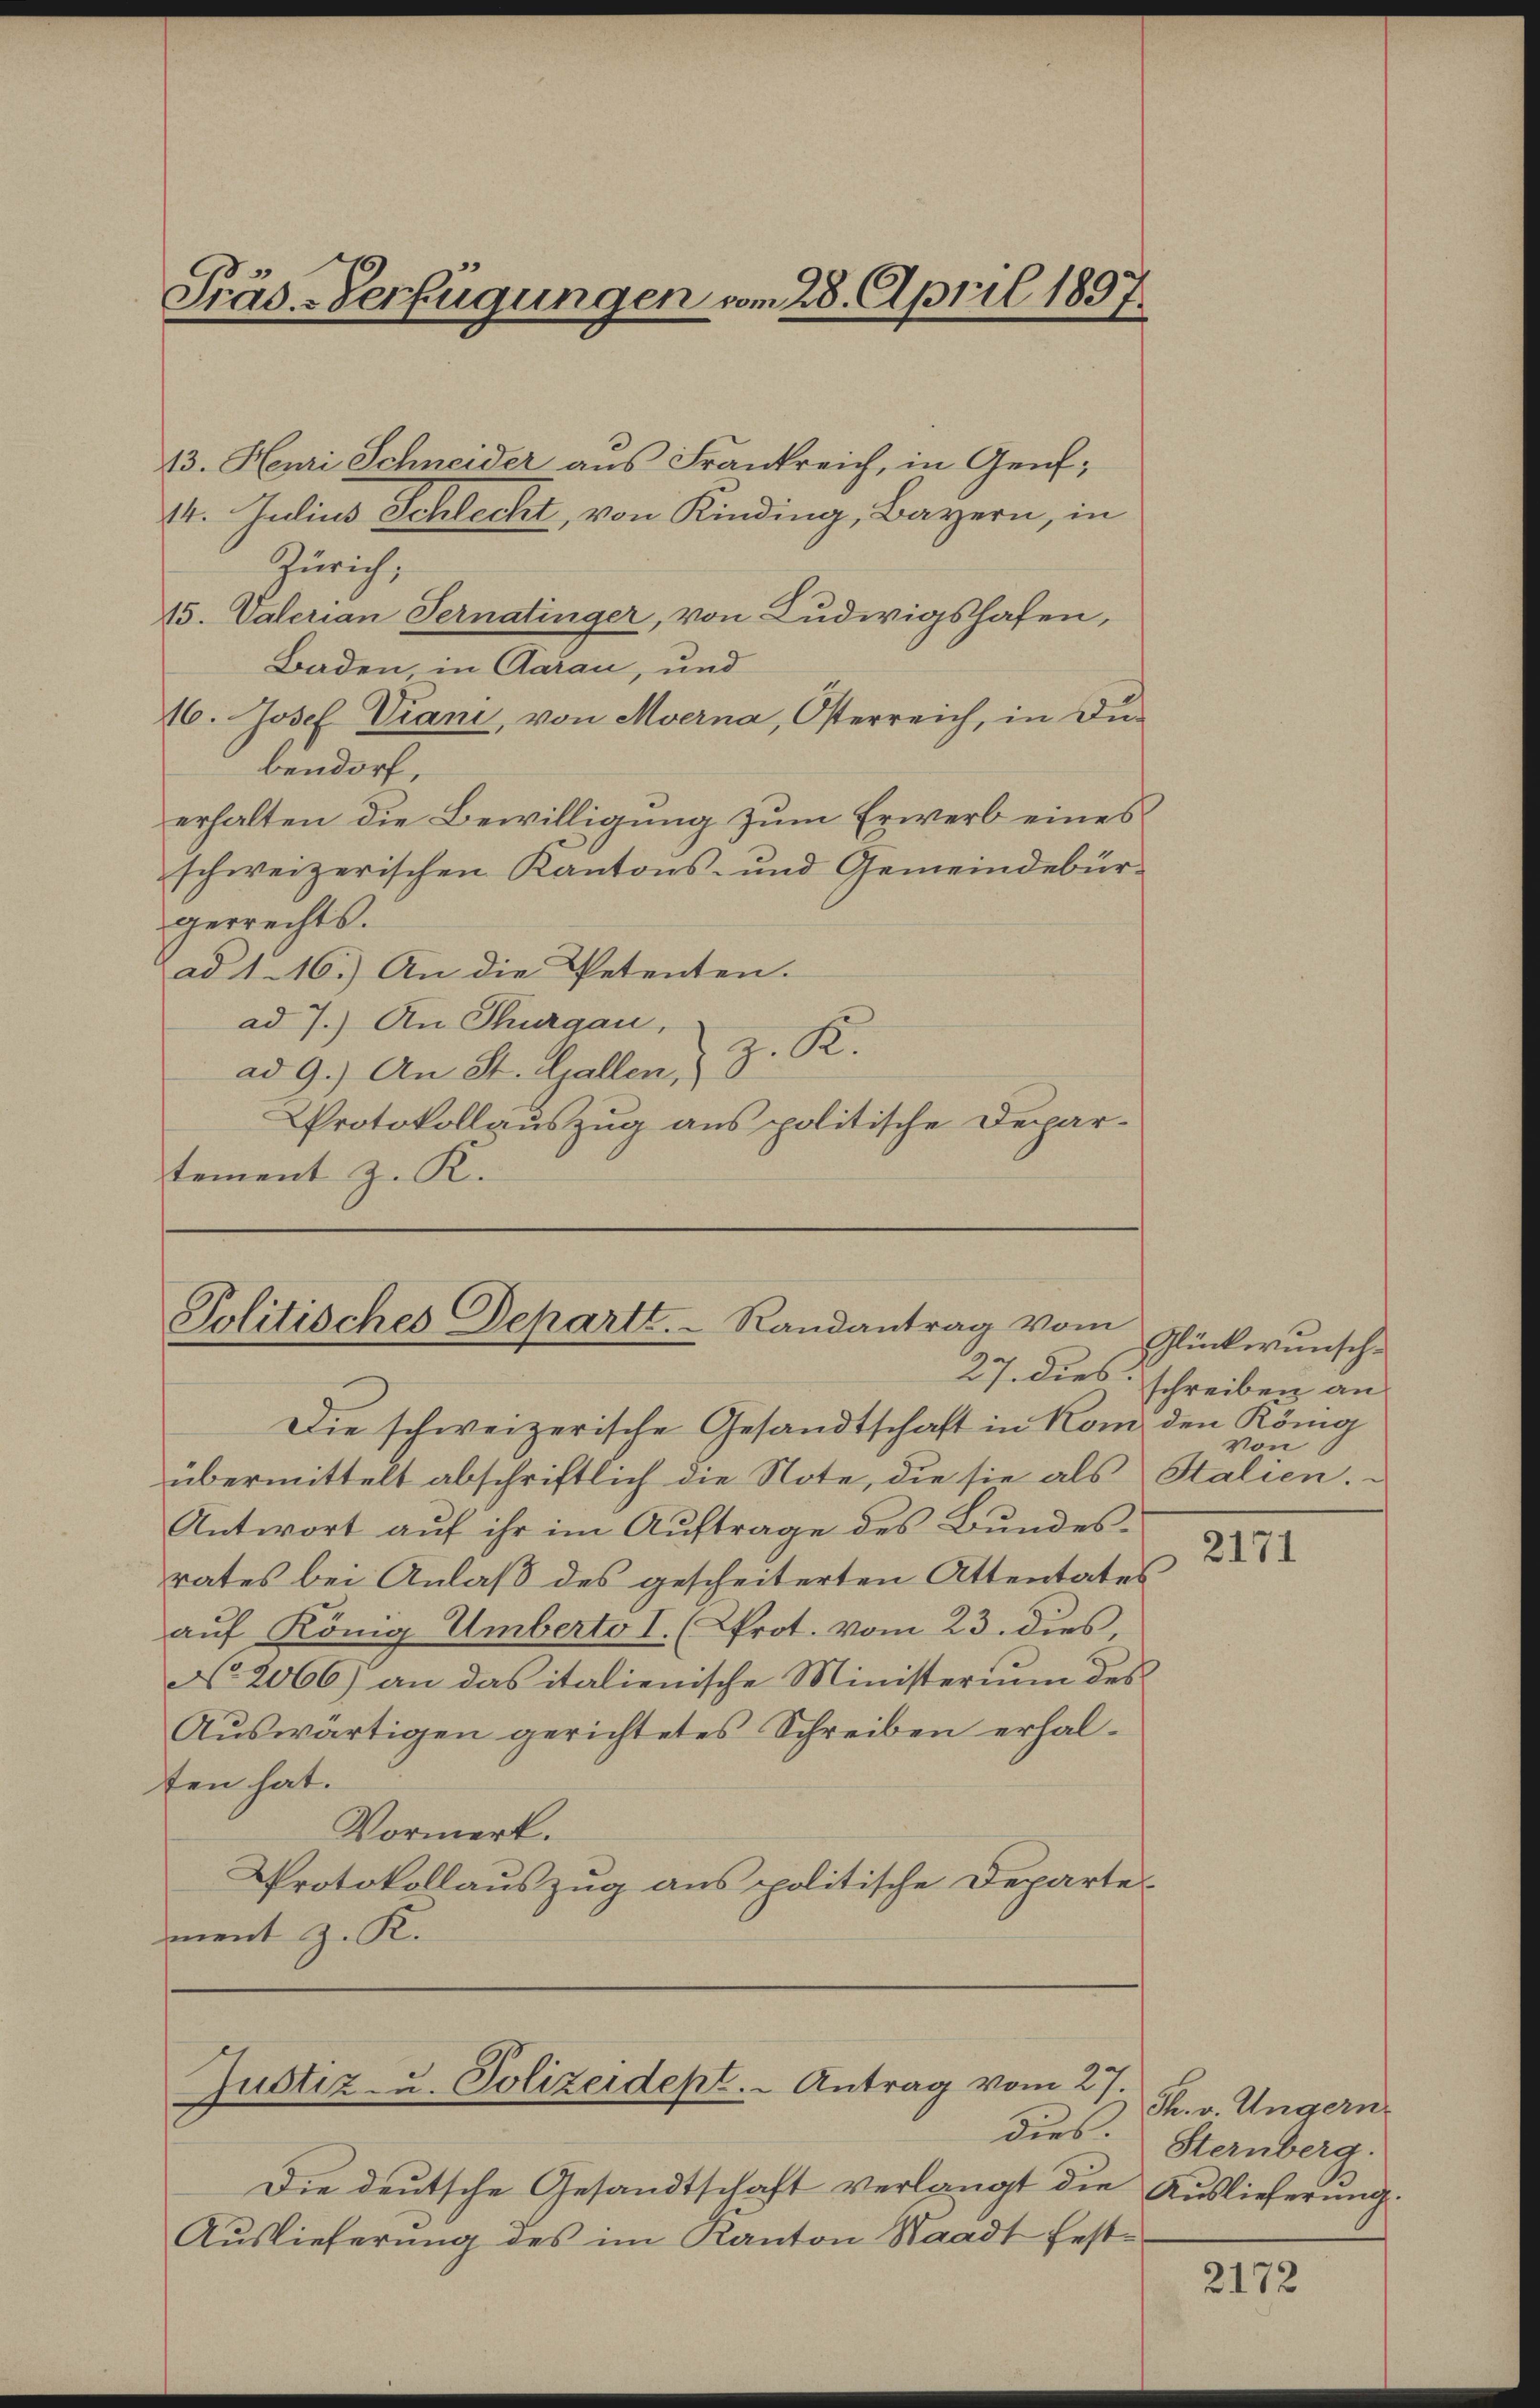
Präs.-Verfügungen vom 28. April 1897.

13. Heuri Schneider aus Frankreich, in Genf,
14. Julius Schlecht, von Kinding, Bayern, in
Zürich,
15. Vaterian Pernatinger, von Ludwigshafen,
Baden, in Aarau, und
16. Josef Viani, von Moerna, Osterreich, in Dubendorf,
erhalten die Bewilligung zum Erwerb eines
schweizerischen Kantons- und Gemeindebürgerrechts.
ad 116.) An die Petenten.
ad 7.) An Thurgau,
z. R.
ad 9.) An St. Gallen,
Protokollauszug aus politische Departement z. K.

Politisches Departt.  Randantrag vom

Die schweizerische Gesandtschaft in Rom den König
übermittelt abschriftlich die Note, die sie als Stalien.
Antwort auf ihr im Auftrage des Bundesrates bei Anlaß des gescheiterten Attentates
auf König Umberto I. (Prot. vom 23. dies,
No. 2066) an das italienische Ministerium des
Aŭswärtigen gerichtetes Schreiben erhal-
ten hat.
Vormerk.
Protokollauszug aus politische Departement z. K.

Justiz- u. Polizeidept. - Antrag vom 27.
dies.

Glückwunsche
27. dies schreiben an
von

Die deutsche Gesandtschaft verlangt die Auslieferung.
Auslieferung des im Kanton Staadt fest¬

2171

Th. v. Ungern.
Sternberg.

2172